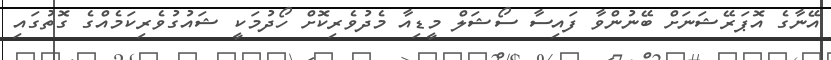
އޭނާގެ އޮޕަރޭޝަނަށް ބޭނުންވާ ފައިސާ ސޯޝަލް މީޑިއާ މެދުވެރިކޮށް ހޯދުމަކީ ޝައުގުވެރިކަމެއްގެ ގޮތުގައި